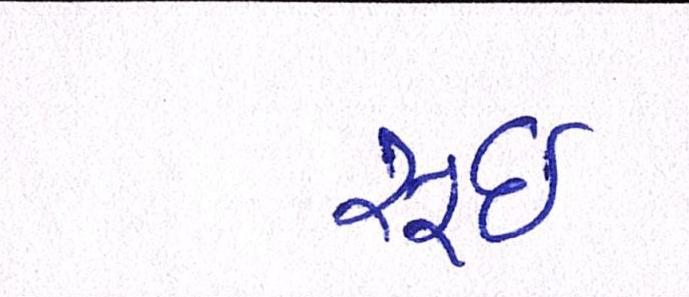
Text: સૂઈ